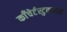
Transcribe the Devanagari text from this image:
काँचेर्टस्टुकमध्ये